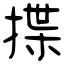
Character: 揲